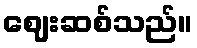
ဈေးဆစ်သည်။